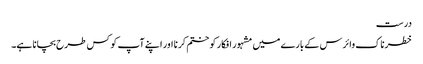
درست
خطرناک وائرس کے بارے میں مشہور افکار کو ختم کرنا اور اپنے آپ کو کس طرح بچانا ہے۔